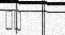
٣٦